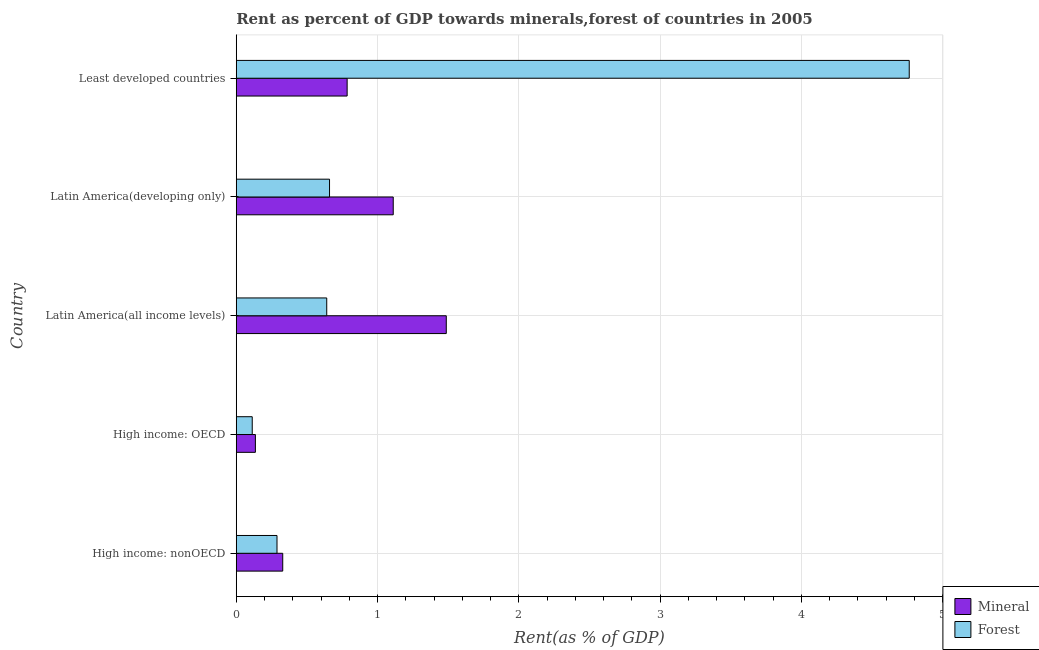
| Country | Mineral | Forest |
 | --- | --- | --- |
 | High income: nonOECD | 0.329 | 0.288 |
 | High income: OECD | 0.135 | 0.113 |
 | Latin America(all income levels) | 1.49 | 0.64 |
 | Latin America(developing only) | 1.11 | 0.66 |
 | Least developed countries | 0.785 | 4.76 |